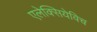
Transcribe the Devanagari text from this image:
एलेक्सियेविच